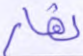
نهار